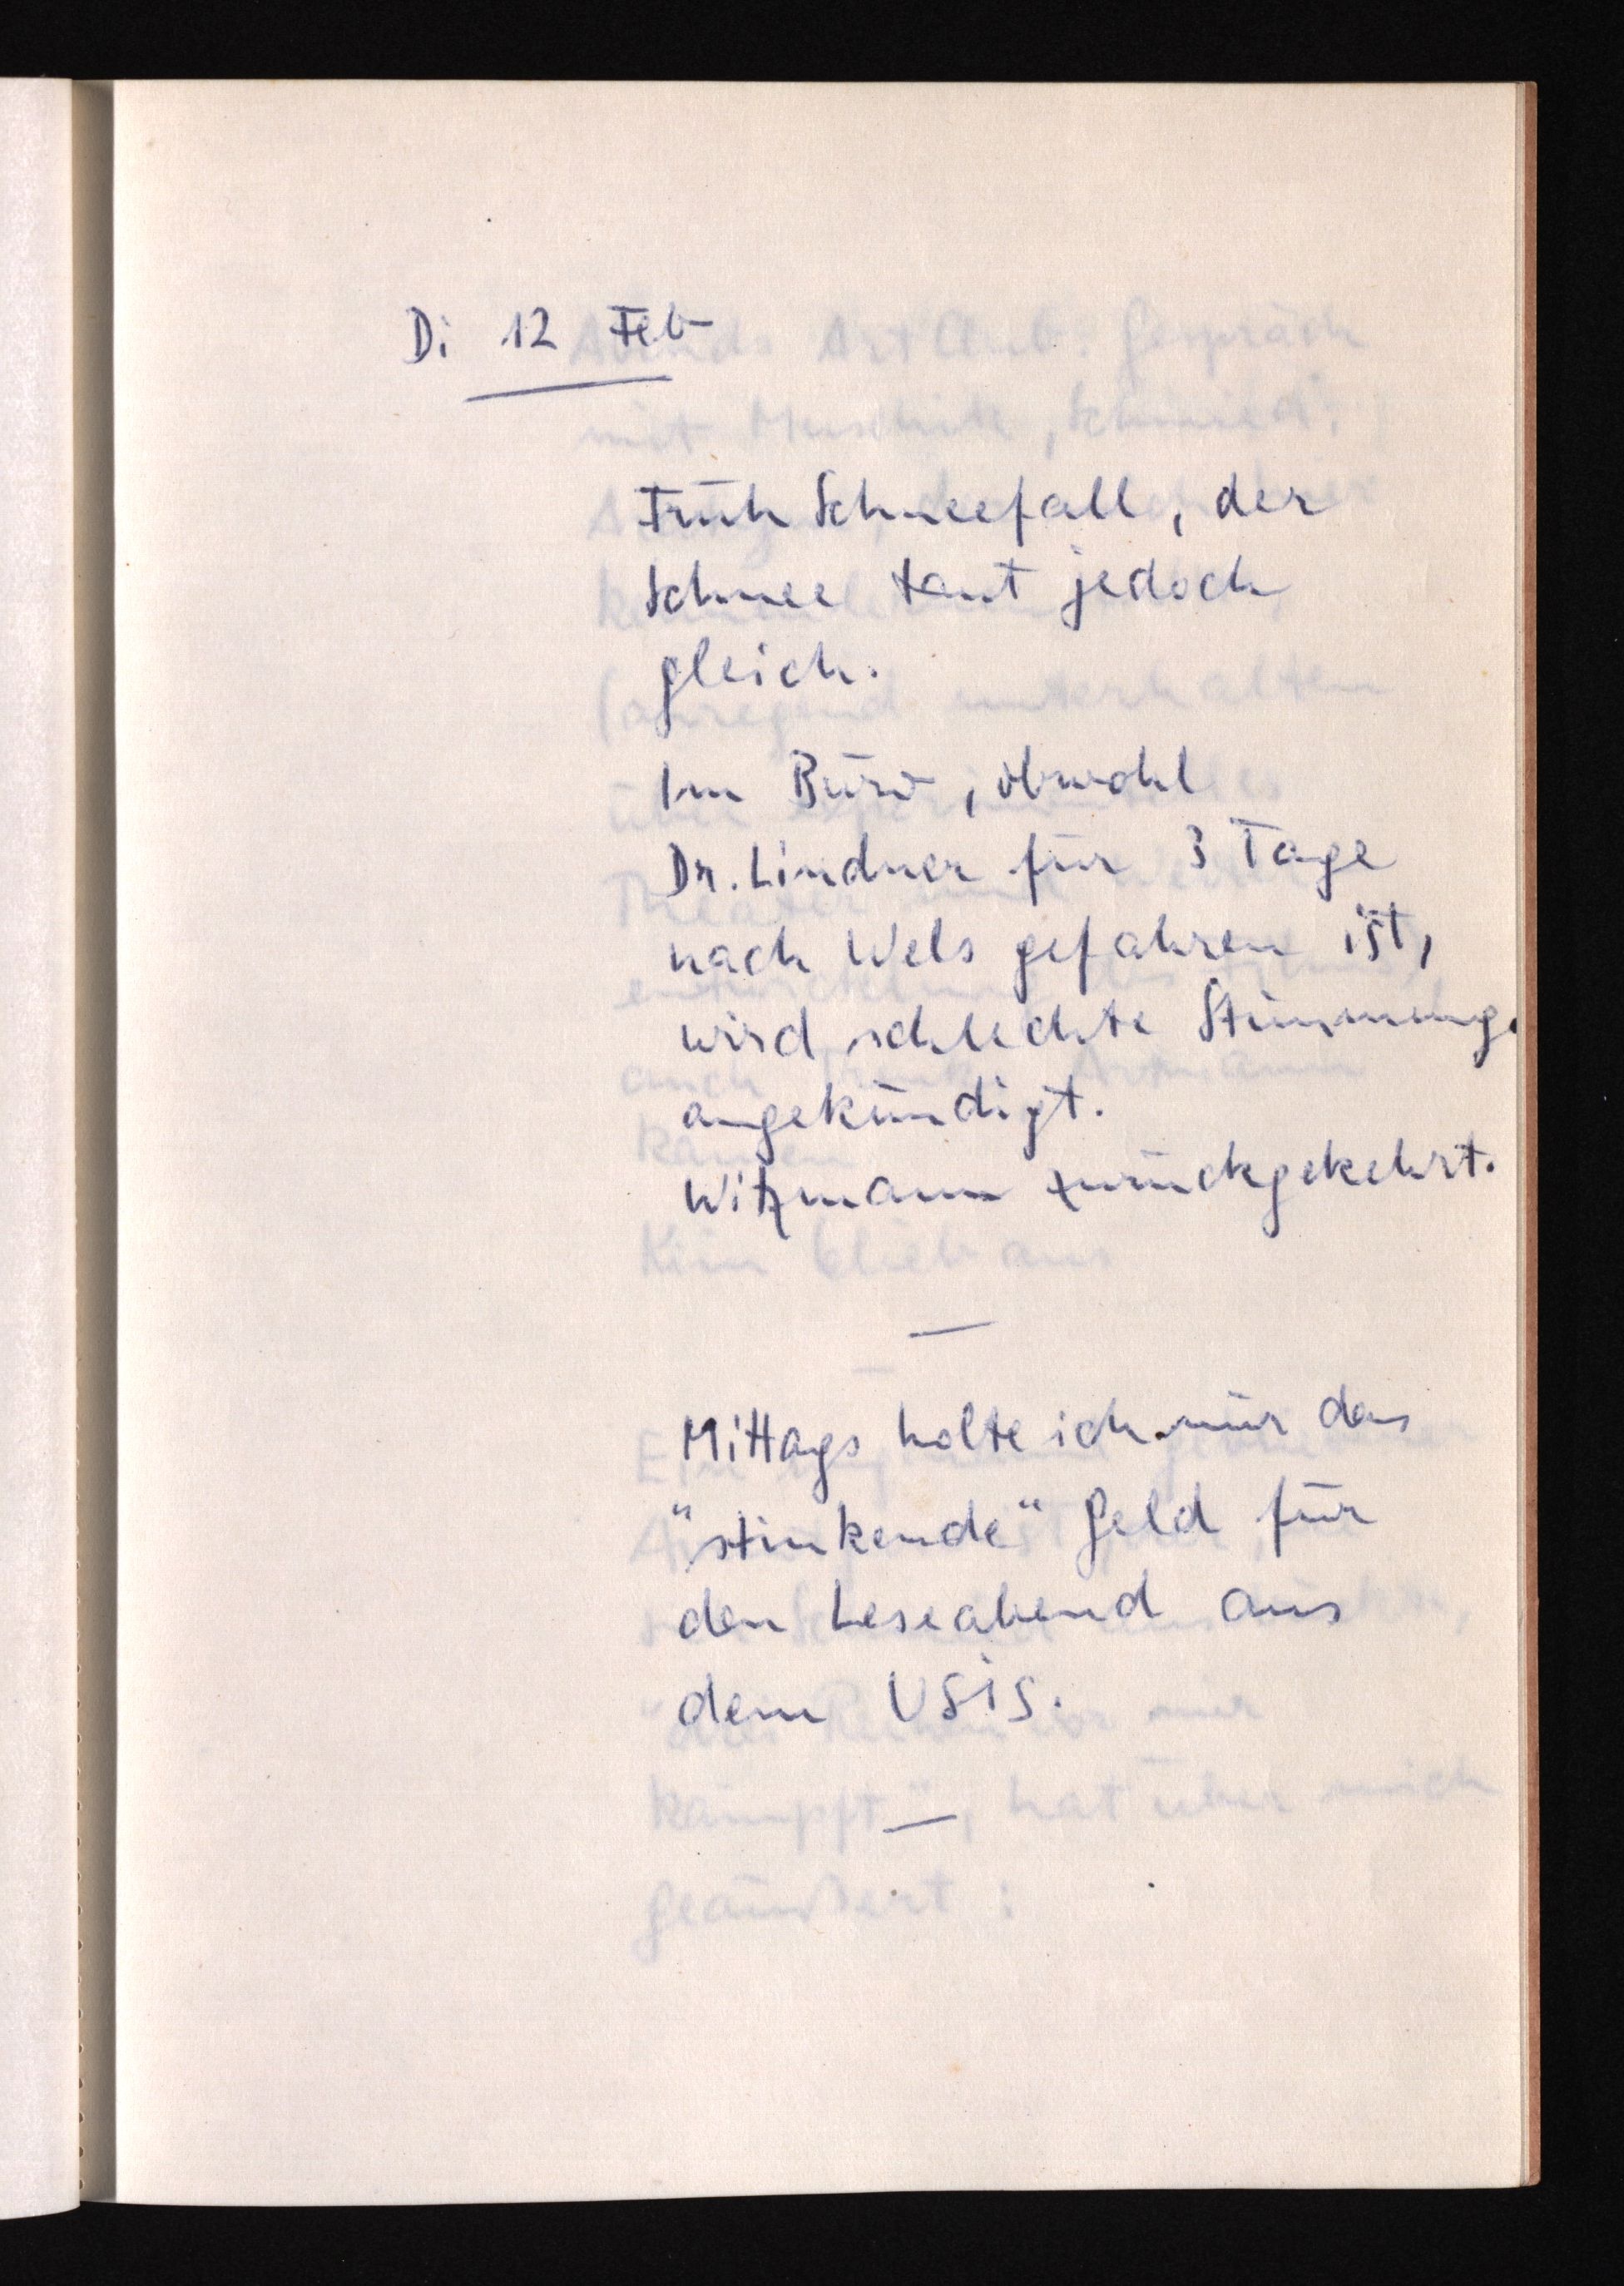
Di 12 Feb
Früh Schneefall, der
Schnee taut jedoch
gleich.
Im Büro, obwohl
Dr. Lindner für 3 Tage
nach Wels gefahren ist,
wird schlechte Stimmung
angekündigt.
Witzmann zurückgekehrt.
Mittags holte ich mir das
"stinkende" Geld für
den Leseabend aus
dem USiS.